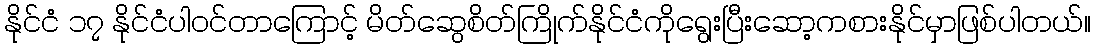
နိုင်ငံ ၁၇ နိုင်ငံပါဝင်တာကြောင့် မိတ်ဆွေစိတ်ကြိုက်နိုင်ငံကိုရွေးပြီးဆော့ကစားနိုင်မှာဖြစ်ပါတယ်။